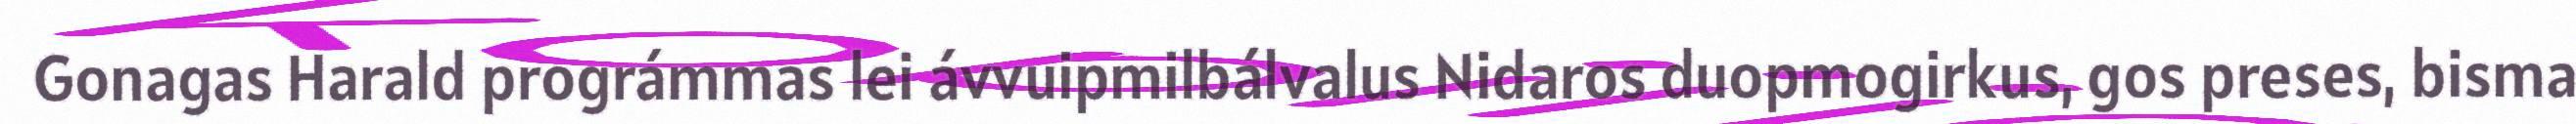
Gonagas Harald prográmmas lei ávvuipmilbálvalus Nidaros duopmogirkus, gos preses, bisma